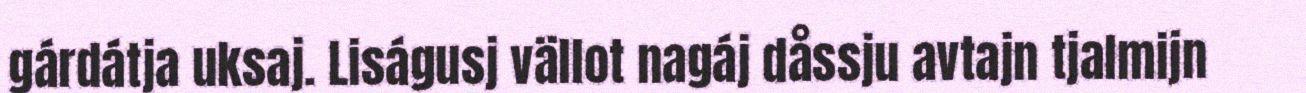
gárdátja uksaj. Liságusj vällot nagáj dåssju avtajn tjalmijn